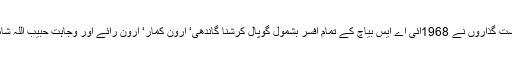
درخواست گذاروں نے 1968ائی اے ایس بیاچ کے تمام افسر بشمول گوپال کرشنا گاندھی‘ ارون کمار‘ ارون رائے اور وجاہت حبیب اللہ شامل ہیں۔